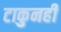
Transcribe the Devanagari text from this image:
टाकुनही